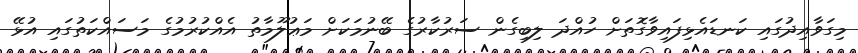
މިގަވާއިދުގައި ކަނޑައެޅިފައިވާގޮތަށް ހުއްދަ ލިބިގެން ސަރުކާރުގެ ބޭނުމަކަށް މަޢުލޫމާތު އެއްކުރުމުގެ މަސައްކަތުގައި އުޅޭ